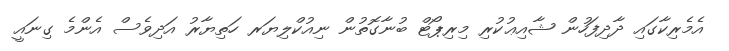
އެމެރިކާގައި ދާދިފަހުން ޝާއިޢުކުރި މިރިޕޯޓް ބުނާގޮތުން ނިއުކްލިޔަރ ހަތިޔާރު އަދިވެސް އެންމެ ގިނައީ